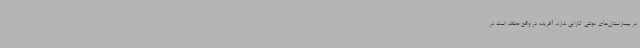
در بیمارستان‌های دولتی کارایی ندارد. آفریده در واقع معتقد است در